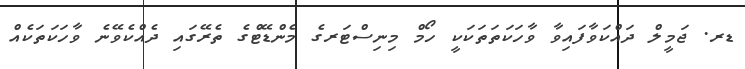
ޑރ. ޖަމީލް ދައްކަވާފައިވާ ވާހަކަތަތަކަކީ ހޯމް މިނިސްޓަރގެ މެންޑޭޓްގެ ތެރޭގައި ދެއްކެވޭނެ ވާހަކަތަކެއް